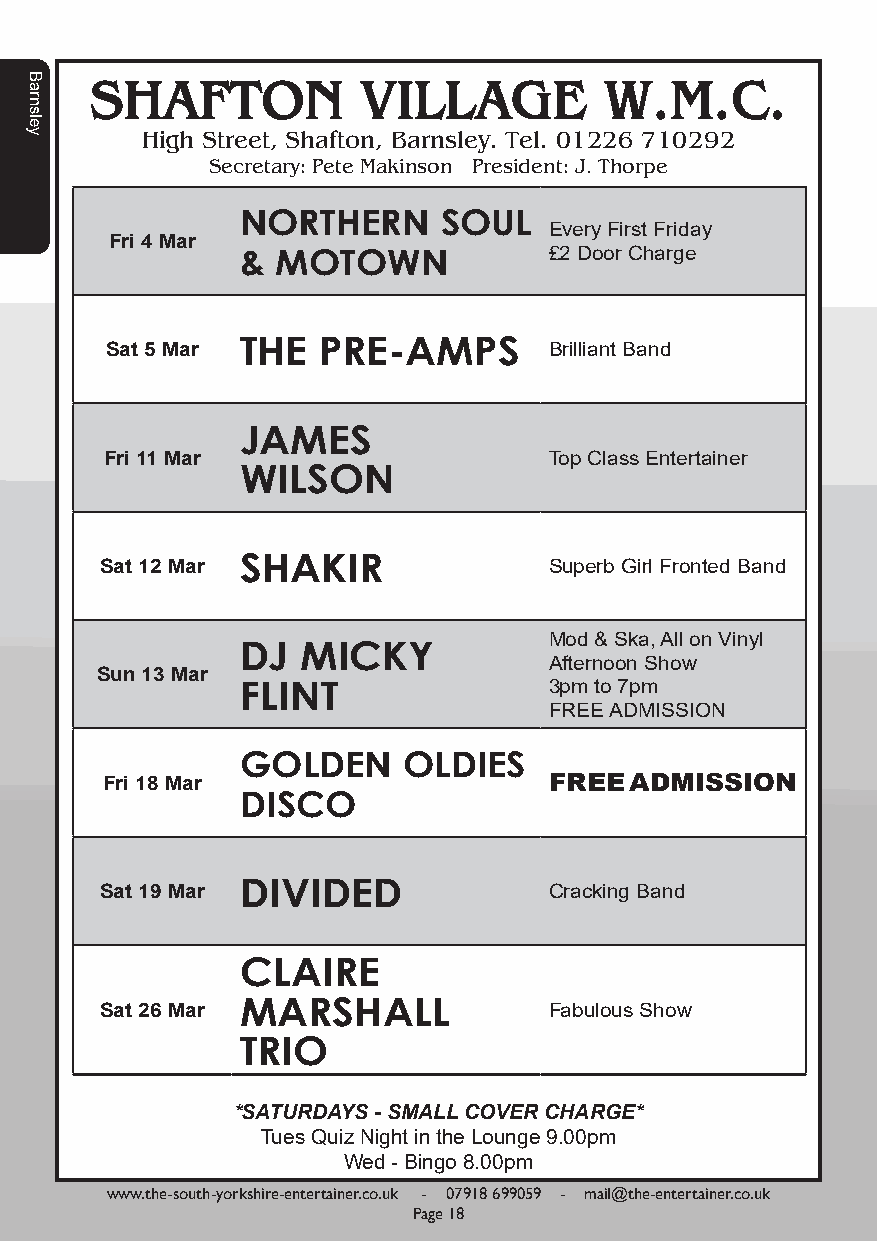
SHAFTON           VILLAGE         W.M.C.
 High Street, Shafton, Barnsley. Tel. 01226 710292
 Secretary: Pete Makinson President: J. Thorpe
 NORTHERN     SOUL
 Every First Friday
 Fri 4 Mar
 & MOTOWN            £2 Door Charge
 Sat 5 Mar THE PRE-AMPS       Brilliant Band
 JAMES
 Fri 11 Mar                   Top Class Entertainer
 WILSON
 Sat 12 Mar SHAKIR            Superb Girl Fronted Band
 Mod & Ska, All on Vinyl
 DJ  MICKY
 Afternoon Show
 Sun 13 Mar
 FLINT               3pm to 7pm
 FREE ADMISSION
 GOLDEN     OLDIES
 Fri 18 Mar                   FREE  ADMISSION
 DISCO
 Sat 19 Mar DIVIDED           Cracking Band
 CLAIRE
 Sat 26 Mar MARSHALL          Fabulous Show
 TRIO
 *SATURDAYS - SMALL COVER CHARGE*
 Tues Quiz Night in the Lounge 9.00pm
 Wed - Bingo 8.00pm
 www.the-south-yorkshire-entertainer.co.uk - 07918 699059 - mail@the-entertainer.co.uk
 Page 18
 Barnsley